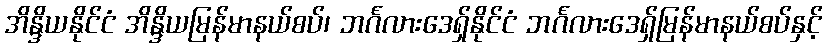
အိန္ဒိယနိုင်ငံ အိန္ဒိယမြန်မာနယ်စပ်၊ ဘင်္ဂလားဒေရှ်နိုင်ငံ ဘင်္ဂလားဒေရှ်မြန်မာနယ်စပ်နှင့်